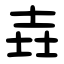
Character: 壵